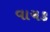
વાચક